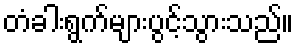
တံခါးရွက်များပွင့်သွားသည်။